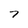
Character: 7